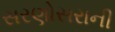
સરણોસરાની